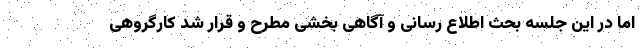
اما در این جلسه بحث اطلاع رسانی و آگاهی بخشی مطرح و قرار شد کارگروهی